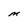
Character: M